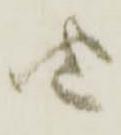
由